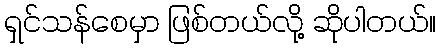
ရှင်သန်စေမှာ ဖြစ်တယ်လို့ ဆိုပါတယ်။